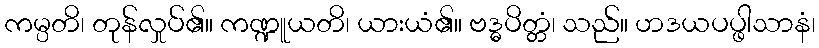
ကမ္ပတိ၊ တုန်လှုပ်၏။ ကဏ္ဍူယတိ၊ ယားယံ၏။ ဗဒ္ဓပိတ္တံ၊ သည်။ ဟဒယပပ္ဖါသာနံ၊